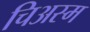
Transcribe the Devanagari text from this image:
चिअस्म